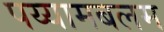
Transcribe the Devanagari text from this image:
पय्यामबलम